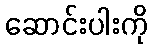
ဆောင်းပါးကို